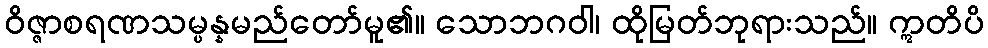
ဝိဇ္ဇာစရဏသမ္ပန္နမည်တော်မူ၏။ သောဘဂဝါ၊ ထိုမြတ်ဘုရားသည်။ ဣတိပိ